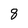
Character: 8